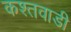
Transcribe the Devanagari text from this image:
कश्तवाडी